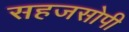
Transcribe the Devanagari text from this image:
सहजसोपी